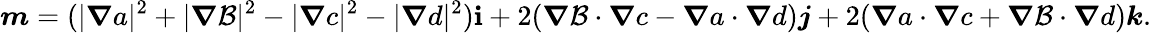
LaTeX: \boldsymbol{m}=(|\boldsymbol{\nabla}a|^{2}+|\boldsymbol{\nabla}\mathcal{B}|^{2}-|\boldsymbol{\nabla}c|^{2}-|\boldsymbol{\nabla}d|^{2})\boldsymbol{\mathbf{i}}+2(\boldsymbol{\nabla}\mathcal{B}\cdot\boldsymbol{\nabla}c-\boldsymbol{\nabla}a\cdot\boldsymbol{\nabla}d)\boldsymbol{j}+2(\boldsymbol{\nabla}a\cdot\boldsymbol{\nabla}c+\boldsymbol{\nabla}\mathcal{B}\cdot\boldsymbol{\nabla}d)\boldsymbol{k}.